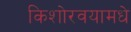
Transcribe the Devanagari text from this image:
किशोरवयामधे